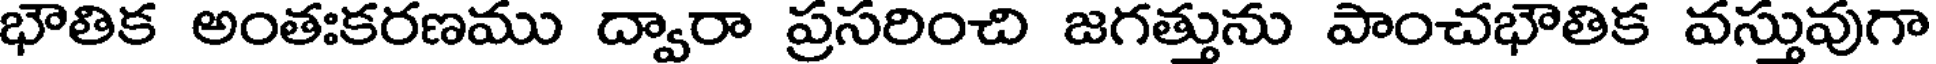
భౌతిక అంతఃకరణము ద్వారా ప్రసరించి జగత్తును పాంచభౌతిక వస్తువుగా